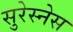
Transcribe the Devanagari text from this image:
सुरेस्नेस